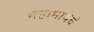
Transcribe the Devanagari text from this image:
महामायेचे